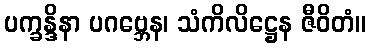
ပက္ခန္ဒိနာ ပဂဗ္ဘေန၊ သံကိလိဋ္ဌေန ဇီဝိတံ။